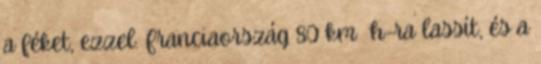
a féket, ezzel. Franciaország 80 km h-ra lassít, és a